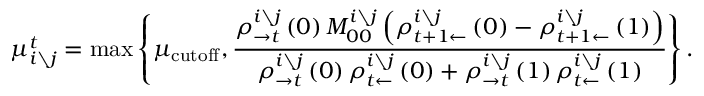
\mu _ { i \setminus j } ^ { t } = \operatorname* { m a x } \left\{ \mu _ { \mathrm { c u t o f f } } , \frac { \rho _ { \rightarrow t } ^ { i \setminus j } \left( 0 \right) M _ { 0 0 } ^ { i \setminus j } \left( \rho _ { t + 1 \leftarrow } ^ { i \setminus j } \left( 0 \right) - \rho _ { t + 1 \leftarrow } ^ { i \setminus j } \left( 1 \right) \right) } { \rho _ { \rightarrow t } ^ { i \setminus j } \left( 0 \right) \rho _ { t \leftarrow } ^ { i \setminus j } \left( 0 \right) + \rho _ { \rightarrow t } ^ { i \setminus j } \left( 1 \right) \rho _ { t \leftarrow } ^ { i \setminus j } \left( 1 \right) } \right\} .